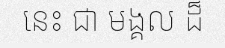
នេះ ជា មង្គល ដ៏